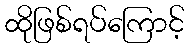
ထိုဖြစ်ရပ်ကြောင့်